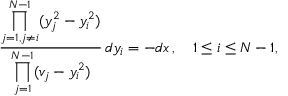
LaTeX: { \frac { \displaystyle \prod _ { j = 1 , j \neq i } ^ { N - 1 } ( y _ { j } ^ { 2 } - y _ { i } ^ { 2 } ) } { \displaystyle \prod _ { j = 1 } ^ { N - 1 } ( v _ { j } - y _ { i } ^ { 2 } ) } } \, d y _ { i } = - d x \, , \quad 1 \leq i \leq N - 1 ,